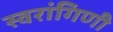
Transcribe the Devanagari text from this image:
स्वरांगिणी